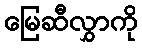
မြေဆီလွှာကို